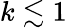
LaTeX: k\lesssim 1